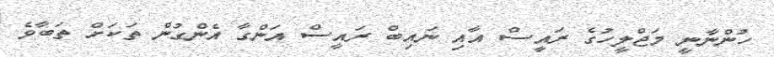
ހުންނާނީ މަޖްލީހުގެ ރައީސް އާއި ނައިބް ރައީސް އަންގާ އެންގުން ތަކަށް ތަބާވެ